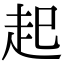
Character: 起